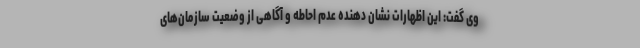
وی گفت: این اظهارات نشان دهنده عدم احاطه و آگاهی از وضعیت سازمان‌های